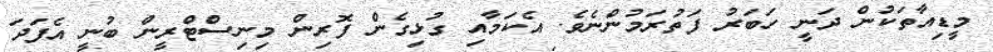
މީޑިއާތަކުން ދަނީ ހަބަރު ފަތުރަމުންނެވެ. އެކަމާއި ގުޅިގެން ފޮރިން މިނިސްޓްރީން ބުނީ އެެފަދަ